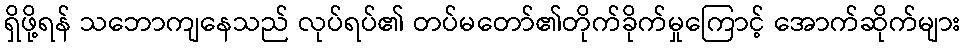
ရှိဖို့ရန် သဘောကျနေသည် လုပ်ရပ်၏ တပ်မတော်၏တိုက်ခိုက်မှုကြောင့် အောက်ဆိုက်များ